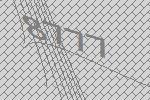
8777